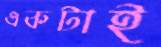
একটাই